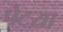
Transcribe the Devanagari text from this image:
पेटय़ा